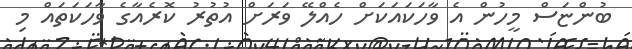
ބުންޏަސް މީހުން އެ ވާހަކައަކަށް ހެއްލޭ ވަރަށް އުތުރު ކޮރެއާގެ ވާހަކަތައް މި